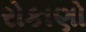
રોકાણો